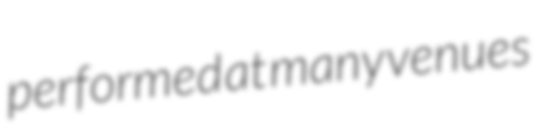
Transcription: performed at many venues